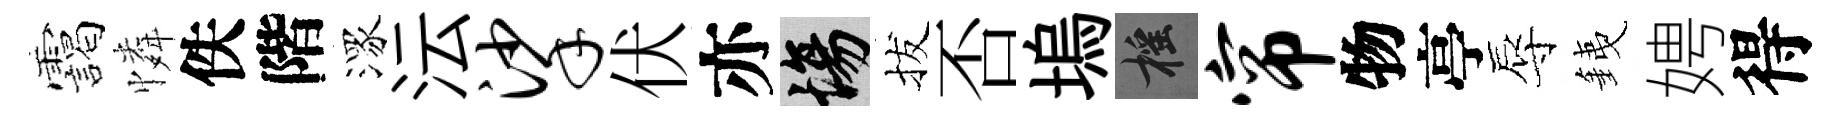
靄憐佚階潈沄挲伏亦場拔否塢摇帘物亭辱銕娉得